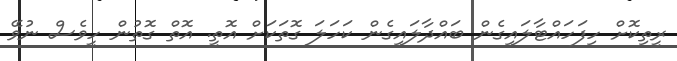
ރީތިކޮށް ހިފަހައްޓާލައިގެން ބައްދާލައިގެން ކަހަލަ ގޮތަކަށް އޮތީ. އޮތް ގޮތުން ހީވެސް ނުވޭ